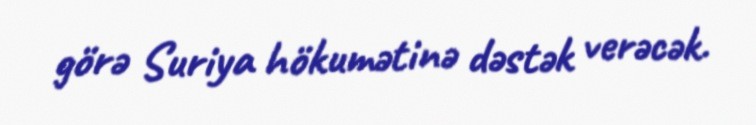
görə Suriya hökumətinə dəstək verəcək.